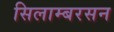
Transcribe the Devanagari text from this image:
सिलाम्बरसन